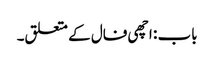
باب : اچھی فال کے متعلق۔